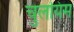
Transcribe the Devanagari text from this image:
चुलयिम